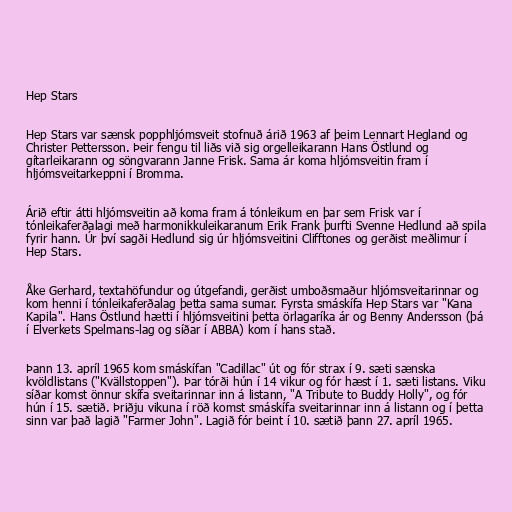
Hep Stars

Hep Stars var sænsk popphljómsveit stofnuð árið 1963 af þeim Lennart Hegland og
Christer Pettersson. Þeir fengu til liðs við sig orgelleikarann Hans Östlund og
gítarleikarann og söngvarann Janne Frisk. Sama ár koma hljómsveitin fram í
hljómsveitarkeppni í Bromma.

Árið eftir átti hljómsveitin að koma fram á tónleikum en þar sem Frisk var í
tónleikaferðalagi með harmonikkuleikaranum Erik Frank þurfti Svenne Hedlund að spila
fyrir hann. Úr því sagði Hedlund sig úr hljómsveitini Clifftones og gerðist meðlimur í
Hep Stars.

Åke Gerhard, textahöfundur og útgefandi, gerðist umboðsmaður hljómsveitarinnar og
kom henni í tónleikaferðalag þetta sama sumar. Fyrsta smáskífa Hep Stars var "Kana
Kapila". Hans Östlund hætti í hljómsveitini þetta örlagaríka ár og Benny Andersson (þá
í Elverkets Spelmans-lag og síðar í ABBA) kom í hans stað.

Þann 13. apríl 1965 kom smáskífan "Cadillac" út og fór strax í 9. sæti sænska
kvöldlistans ("Kvällstoppen"). Þar tórði hún í 14 vikur og fór hæst í 1. sæti listans. Viku
síðar komst önnur skífa sveitarinnar inn á listann, "A Tribute to Buddy Holly", og fór
hún í 15. sætið. Þriðju vikuna í röð komst smáskífa sveitarinnar inn á listann og í þetta
sinn var það lagið "Farmer John". Lagið fór beint í 10. sætið þann 27. apríl 1965.